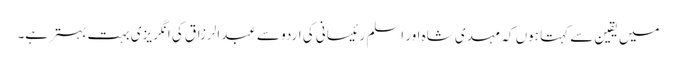
میں یقین سے کہتا ہوں کہ مہدی شاہ اور اسلم رئیسانی کی اردو سے عبدالرزاق کی انگریزی بہت بہتر ہے۔